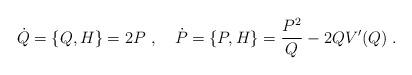
LaTeX: \begin{align*}\dot{Q} = \{Q,H\} = 2P\ ,\ \ \ \dot{P}=\{P,H\}=\frac{P^2}{Q} -2QV'(Q)\ .\end{align*}